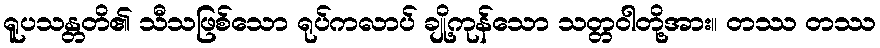
ရူပသန္တတိ၏ သီသဖြစ်သော ရုပ်ကလာပ် ချို့ကုန်သော သတ္တဝါတို့အား။ တဿ တဿ